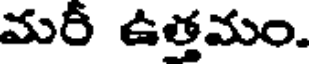
మరీ ఉత్తమం.